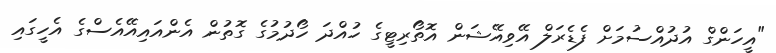
"އީހަންގް އުދުއްސުމަށް ފެޑެރަލް އޭވިއޭޝަން އޮތޯރިޓީގެ ހުއްދަ ހޯދުމުގެ ގޮތުން އެންއައިއޭއެސްގެ އެހީގައި